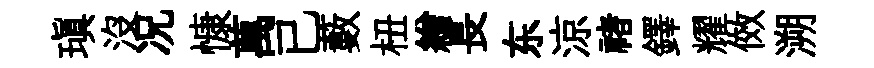
瑱沒况慷萬已藪杻繒長东涼禇鐸耀傚溯